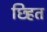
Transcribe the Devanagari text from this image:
छ्हित